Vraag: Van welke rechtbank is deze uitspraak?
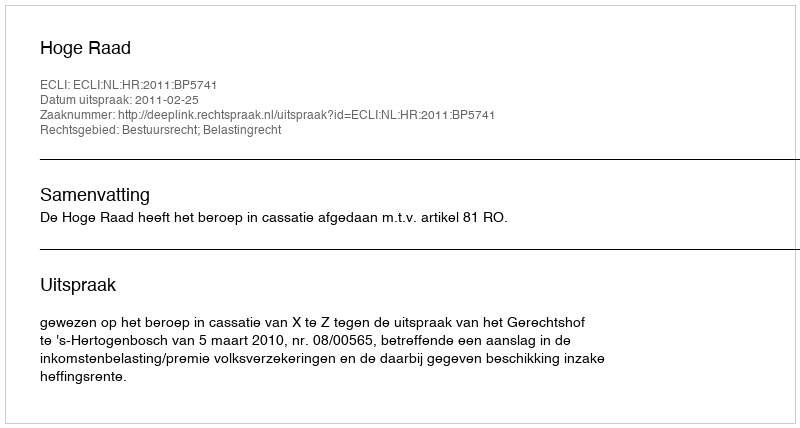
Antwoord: Hoge Raad